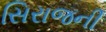
સિરાજની